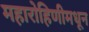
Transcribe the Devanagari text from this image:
महारोहिणीमधून